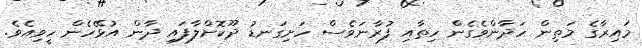
މައިރާގެ މަތިން ހަދާންވެގެން ހިތާއި ފުރާނަވެސް ހަށިގަނޑު ދޫކޮށްލާފައި ދާން އުޅޭހެން ހީވިއެވެ.